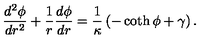
\frac { d ^ { 2 } \phi } { d r ^ { 2 } } + \frac { 1 } { r } \frac { d \phi } { d r } = \frac { 1 } { \kappa } \left( - \coth \phi + \gamma \right) .